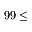
9 9 \leq